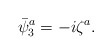
\begin{align*}\bar{\psi}_3^a = - i \zeta^a.\end{align*}